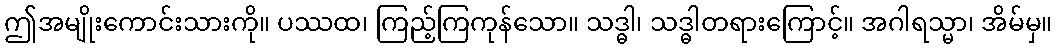
ဤအမျိုးကောင်းသားကို။ ပဿထ၊ ကြည့်ကြကုန်သော။ သဒ္ဓါ၊ သဒ္ဓါတရားကြောင့်။ အဂါရသ္မာ၊ အိမ်မှ။